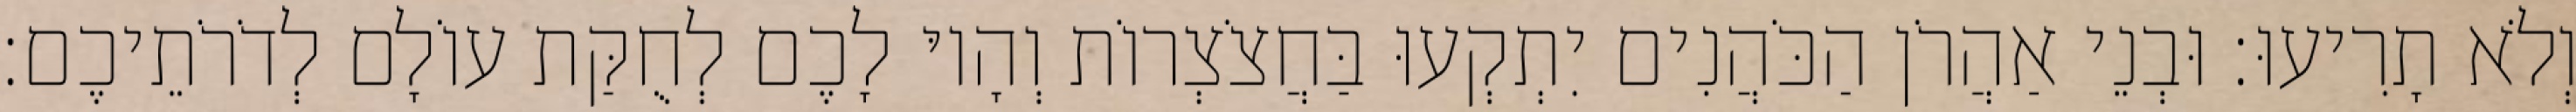
וְלֹא תָרִיעוּ׃ וּבְנֵי אַהֲרֹן הַכֹּהֲנִים יִתְקְעוּ בַּחֲצֹצְרוֹת וְהָיוּ לָכֶם לְחֻקַּת עוֹלָם לְדֹרֹתֵיכֶם׃